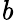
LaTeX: \mathit{b}